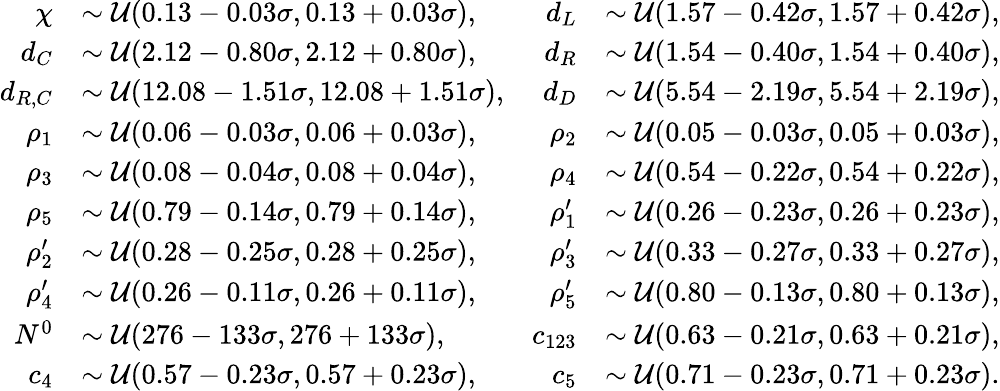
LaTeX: \begin{array}{rlrl}{\chi}&{\sim\mathcal{U}(0.13-0.03\sigma,0.13+0.03\sigma),}&{d_{L}}&{\sim\mathcal{U}(1.57-0.42\sigma,1.57+0.42\sigma),}\\ {d_{C}}&{\sim\mathcal{U}(2.12-0.80\sigma,2.12+0.80\sigma),}&{d_{R}}&{\sim\mathcal{U}(1.54-0.40\sigma,1.54+0.40\sigma),}\\ {d_{R,C}}&{\sim\mathcal{U}(12.08-1.51\sigma,12.08+1.51\sigma),}&{d_{D}}&{\sim\mathcal{U}(5.54-2.19\sigma,5.54+2.19\sigma),}\\ {\rho_{1}}&{\sim\mathcal{U}(0.06-0.03\sigma,0.06+0.03\sigma),}&{\rho_{2}}&{\sim\mathcal{U}(0.05-0.03\sigma,0.05+0.03\sigma),}\\ {\rho_{3}}&{\sim\mathcal{U}(0.08-0.04\sigma,0.08+0.04\sigma),}&{\rho_{4}}&{\sim\mathcal{U}(0.54-0.22\sigma,0.54+0.22\sigma),}\\ {\rho_{5}}&{\sim\mathcal{U}(0.79-0.14\sigma,0.79+0.14\sigma),}&{\rho_{1}^{\prime}}&{\sim\mathcal{U}(0.26-0.23\sigma,0.26+0.23\sigma),}\\ {\rho_{2}^{\prime}}&{\sim\mathcal{U}(0.28-0.25\sigma,0.28+0.25\sigma),}&{\rho_{3}^{\prime}}&{\sim\mathcal{U}(0.33-0.27\sigma,0.33+0.27\sigma),}\\ {\rho_{4}^{\prime}}&{\sim\mathcal{U}(0.26-0.11\sigma,0.26+0.11\sigma),}&{\rho_{5}^{\prime}}&{\sim\mathcal{U}(0.80-0.13\sigma,0.80+0.13\sigma),}\\ {N^{0}}&{\sim\mathcal{U}(276-133\sigma,276+133\sigma),}&{c_{123}}&{\sim\mathcal{U}(0.63-0.21\sigma,0.63+0.21\sigma),}\\ {c_{4}}&{\sim\mathcal{U}(0.57-0.23\sigma,0.57+0.23\sigma),}&{c_{5}}&{\sim\mathcal{U}(0.71-0.23\sigma,0.71+0.23\sigma).}\end{array}